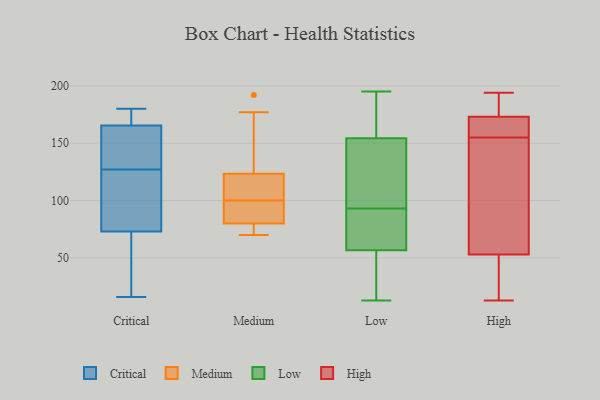
{"axis": {"x": "Active Users", "y": "Value"}, "legend": ["Critical", "High", "Low", "Medium"], "data": [{"x": "", "y": 102, "type": "Critical"}, {"x": "", "y": 44, "type": "Critical"}, {"x": "", "y": 165, "type": "Critical"}, {"x": "", "y": 142, "type": "Critical"}, {"x": "", "y": 110, "type": "Critical"}, {"x": "", "y": 16, "type": "Critical"}, {"x": "", "y": 127, "type": "Critical"}, {"x": "", "y": 175, "type": "Critical"}, {"x": "", "y": 127, "type": "Critical"}, {"x": "", "y": 23, "type": "Critical"}, {"x": "", "y": 166, "type": "Critical"}, {"x": "", "y": 180, "type": "Critical"}, {"x": "", "y": 81, "type": "Medium"}, {"x": "", "y": 73, "type": "Medium"}, {"x": "", "y": 177, "type": "Medium"}, {"x": "", "y": 114, "type": "Medium"}, {"x": "", "y": 74, "type": "Medium"}, {"x": "", "y": 81, "type": "Medium"}, {"x": "", "y": 125, "type": "Medium"}, {"x": "", "y": 122, "type": "Medium"}, {"x": "", "y": 79, "type": "Medium"}, {"x": "", "y": 86, "type": "Medium"}, {"x": "", "y": 132, "type": "Medium"}, {"x": "", "y": 81, "type": "Medium"}, {"x": "", "y": 192, "type": "Medium"}, {"x": "", "y": 118, "type": "Medium"}, {"x": "", "y": 102, "type": "Medium"}, {"x": "", "y": 70, "type": "Medium"}, {"x": "", "y": 98, "type": "Medium"}, {"x": "", "y": 118, "type": "Medium"}, {"x": "", "y": 70, "type": "Medium"}, {"x": "", "y": 140, "type": "Medium"}, {"x": "", "y": 162, "type": "Low"}, {"x": "", "y": 24, "type": "Low"}, {"x": "", "y": 75, "type": "Low"}, {"x": "", "y": 131, "type": "Low"}, {"x": "", "y": 106, "type": "Low"}, {"x": "", "y": 168, "type": "Low"}, {"x": "", "y": 56, "type": "Low"}, {"x": "", "y": 125, "type": "Low"}, {"x": "", "y": 71, "type": "Low"}, {"x": "", "y": 190, "type": "Low"}, {"x": "", "y": 53, "type": "Low"}, {"x": "", "y": 190, "type": "Low"}, {"x": "", "y": 59, "type": "Low"}, {"x": "", "y": 16, "type": "Low"}, {"x": "", "y": 195, "type": "Low"}, {"x": "", "y": 98, "type": "Low"}, {"x": "", "y": 67, "type": "Low"}, {"x": "", "y": 13, "type": "Low"}, {"x": "", "y": 93, "type": "Low"}, {"x": "", "y": 177, "type": "High"}, {"x": "", "y": 98, "type": "High"}, {"x": "", "y": 28, "type": "High"}, {"x": "", "y": 164, "type": "High"}, {"x": "", "y": 185, "type": "High"}, {"x": "", "y": 41, "type": "High"}, {"x": "", "y": 169, "type": "High"}, {"x": "", "y": 96, "type": "High"}, {"x": "", "y": 148, "type": "High"}, {"x": "", "y": 168, "type": "High"}, {"x": "", "y": 42, "type": "High"}, {"x": "", "y": 162, "type": "High"}, {"x": "", "y": 180, "type": "High"}, {"x": "", "y": 13, "type": "High"}, {"x": "", "y": 64, "type": "High"}, {"x": "", "y": 194, "type": "High"}]}